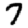
Digit: 7